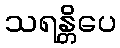
သရန္တိပေ